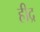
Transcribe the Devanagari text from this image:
हीद्र